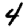
Digit: 4